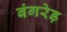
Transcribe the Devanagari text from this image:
बंगरेड़